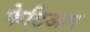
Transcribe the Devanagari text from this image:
फेटिअल